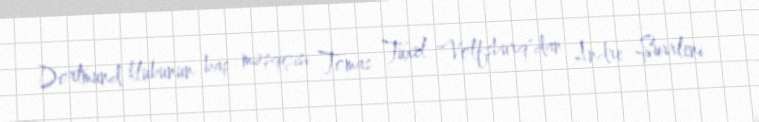
Dortmund klubunun baş məşqçisi Tomas Tuxel "Volfsburq"dan Andre Şurrleni